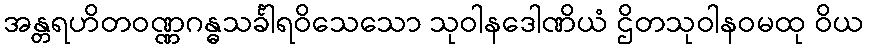
အန္တရဟိတဝဏ္ဏဂန္ဓသင်္ခါရဝိသေသော သုဝါနဒေါဏိယံ ဌိတသုဝါနဝမထု ဝိယ